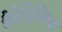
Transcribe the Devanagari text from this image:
पैंथेसिलिया